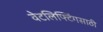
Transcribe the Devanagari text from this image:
वेटलिफ्टिंगसाठी